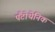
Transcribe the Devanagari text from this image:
पैंटोथेनिक